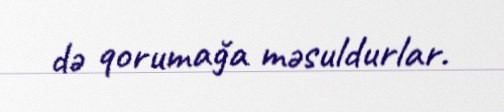
də qorumağa məsuldurlar.